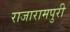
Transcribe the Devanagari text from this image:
राजारामपुरी